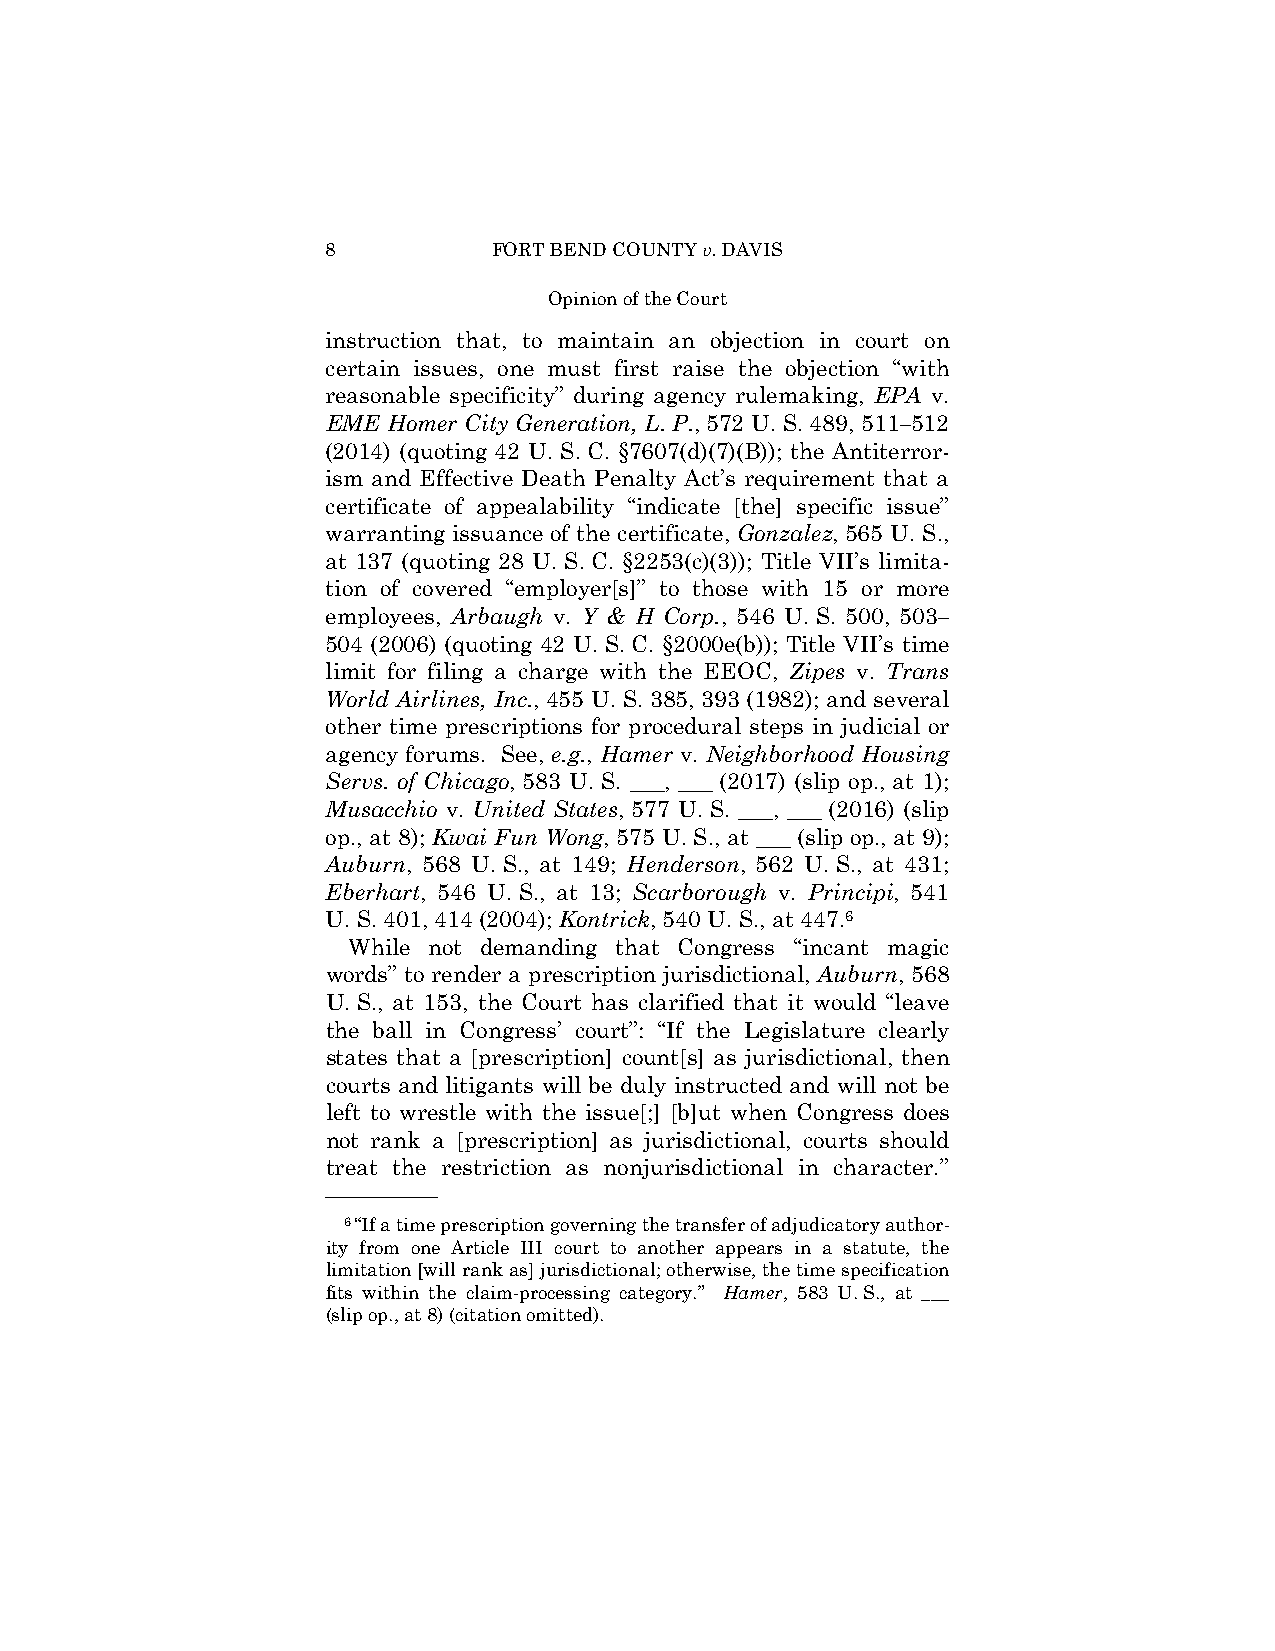
8          FORT BEND COUNTY v. DAVIS
 Opinion of the Court
 instruction that, to maintain an objection in court on
 certain issues, one must first raise the objection “with
 reasonable specificity” during agency rulemaking, EPA v.
 EME Homer City Generation, L. P., 572 U. S. 489, 511–512
 (2014) (quoting 42 U. S. C. §7607(d)(7)(B)); the Antiterror-
 ism and Effective Death Penalty Act’s requirement that a
 certificate of appealability “indicate [the] specific issue”
 warranting issuance of the certificate, Gonzalez, 565 U. S.,
 at 137 (quoting 28 U. S. C. §2253(c)(3)); Title VII’s limita-
 tion of covered “employer[s]” to those with 15 or more
 employees, Arbaugh v. Y & H Corp., 546 U. S. 500, 503–
 504 (2006) (quoting 42 U. S. C. §2000e(b)); Title VII’s time
 limit for filing a charge with the EEOC, Zipes v. Trans
 World Airlines, Inc., 455 U. S. 385, 393 (1982); and several
 other time prescriptions for procedural steps in judicial or
 agency forums. See, e.g., Hamer v. Neighborhood Housing
 Servs. of Chicago, 583 U. S. ___, ___ (2017) (slip op., at 1);
 Musacchio v. United States, 577 U. S. ___, ___ (2016) (slip
 op., at 8); Kwai Fun Wong, 575 U. S., at ___ (slip op., at 9);
 Auburn, 568 U. S., at 149; Henderson, 562 U. S., at 431;
 Eberhart, 546 U. S., at 13; Scarborough v. Principi, 541
 U. S. 401, 414 (2004); Kontrick, 540 U. S., at 447.6
 While not demanding that Congress “incant magic
 words” to render a prescription jurisdictional, Auburn, 568
 U. S., at 153, the Court has clarified that it would “leave
 the ball in Congress’ court”: “If the Legislature clearly
 states that a [prescription] count[s] as jurisdictional, then
 courts and litigants will be duly instructed and will not be
 left to wrestle with the issue[;] [b]ut when Congress does
 not rank a [prescription] as jurisdictional, courts should
 treat the restriction as nonjurisdictional in character.”
 ——————
 6“If a time prescription governing the transfer of adjudicatory author-
 ity from one Article III court to another appears in a statute, the
 limitation [will rank as] jurisdictional; otherwise, the time specification
 fits within the claim-processing category.” Hamer, 583 U. S., at ___
 (slip op., at 8) (citation omitted).